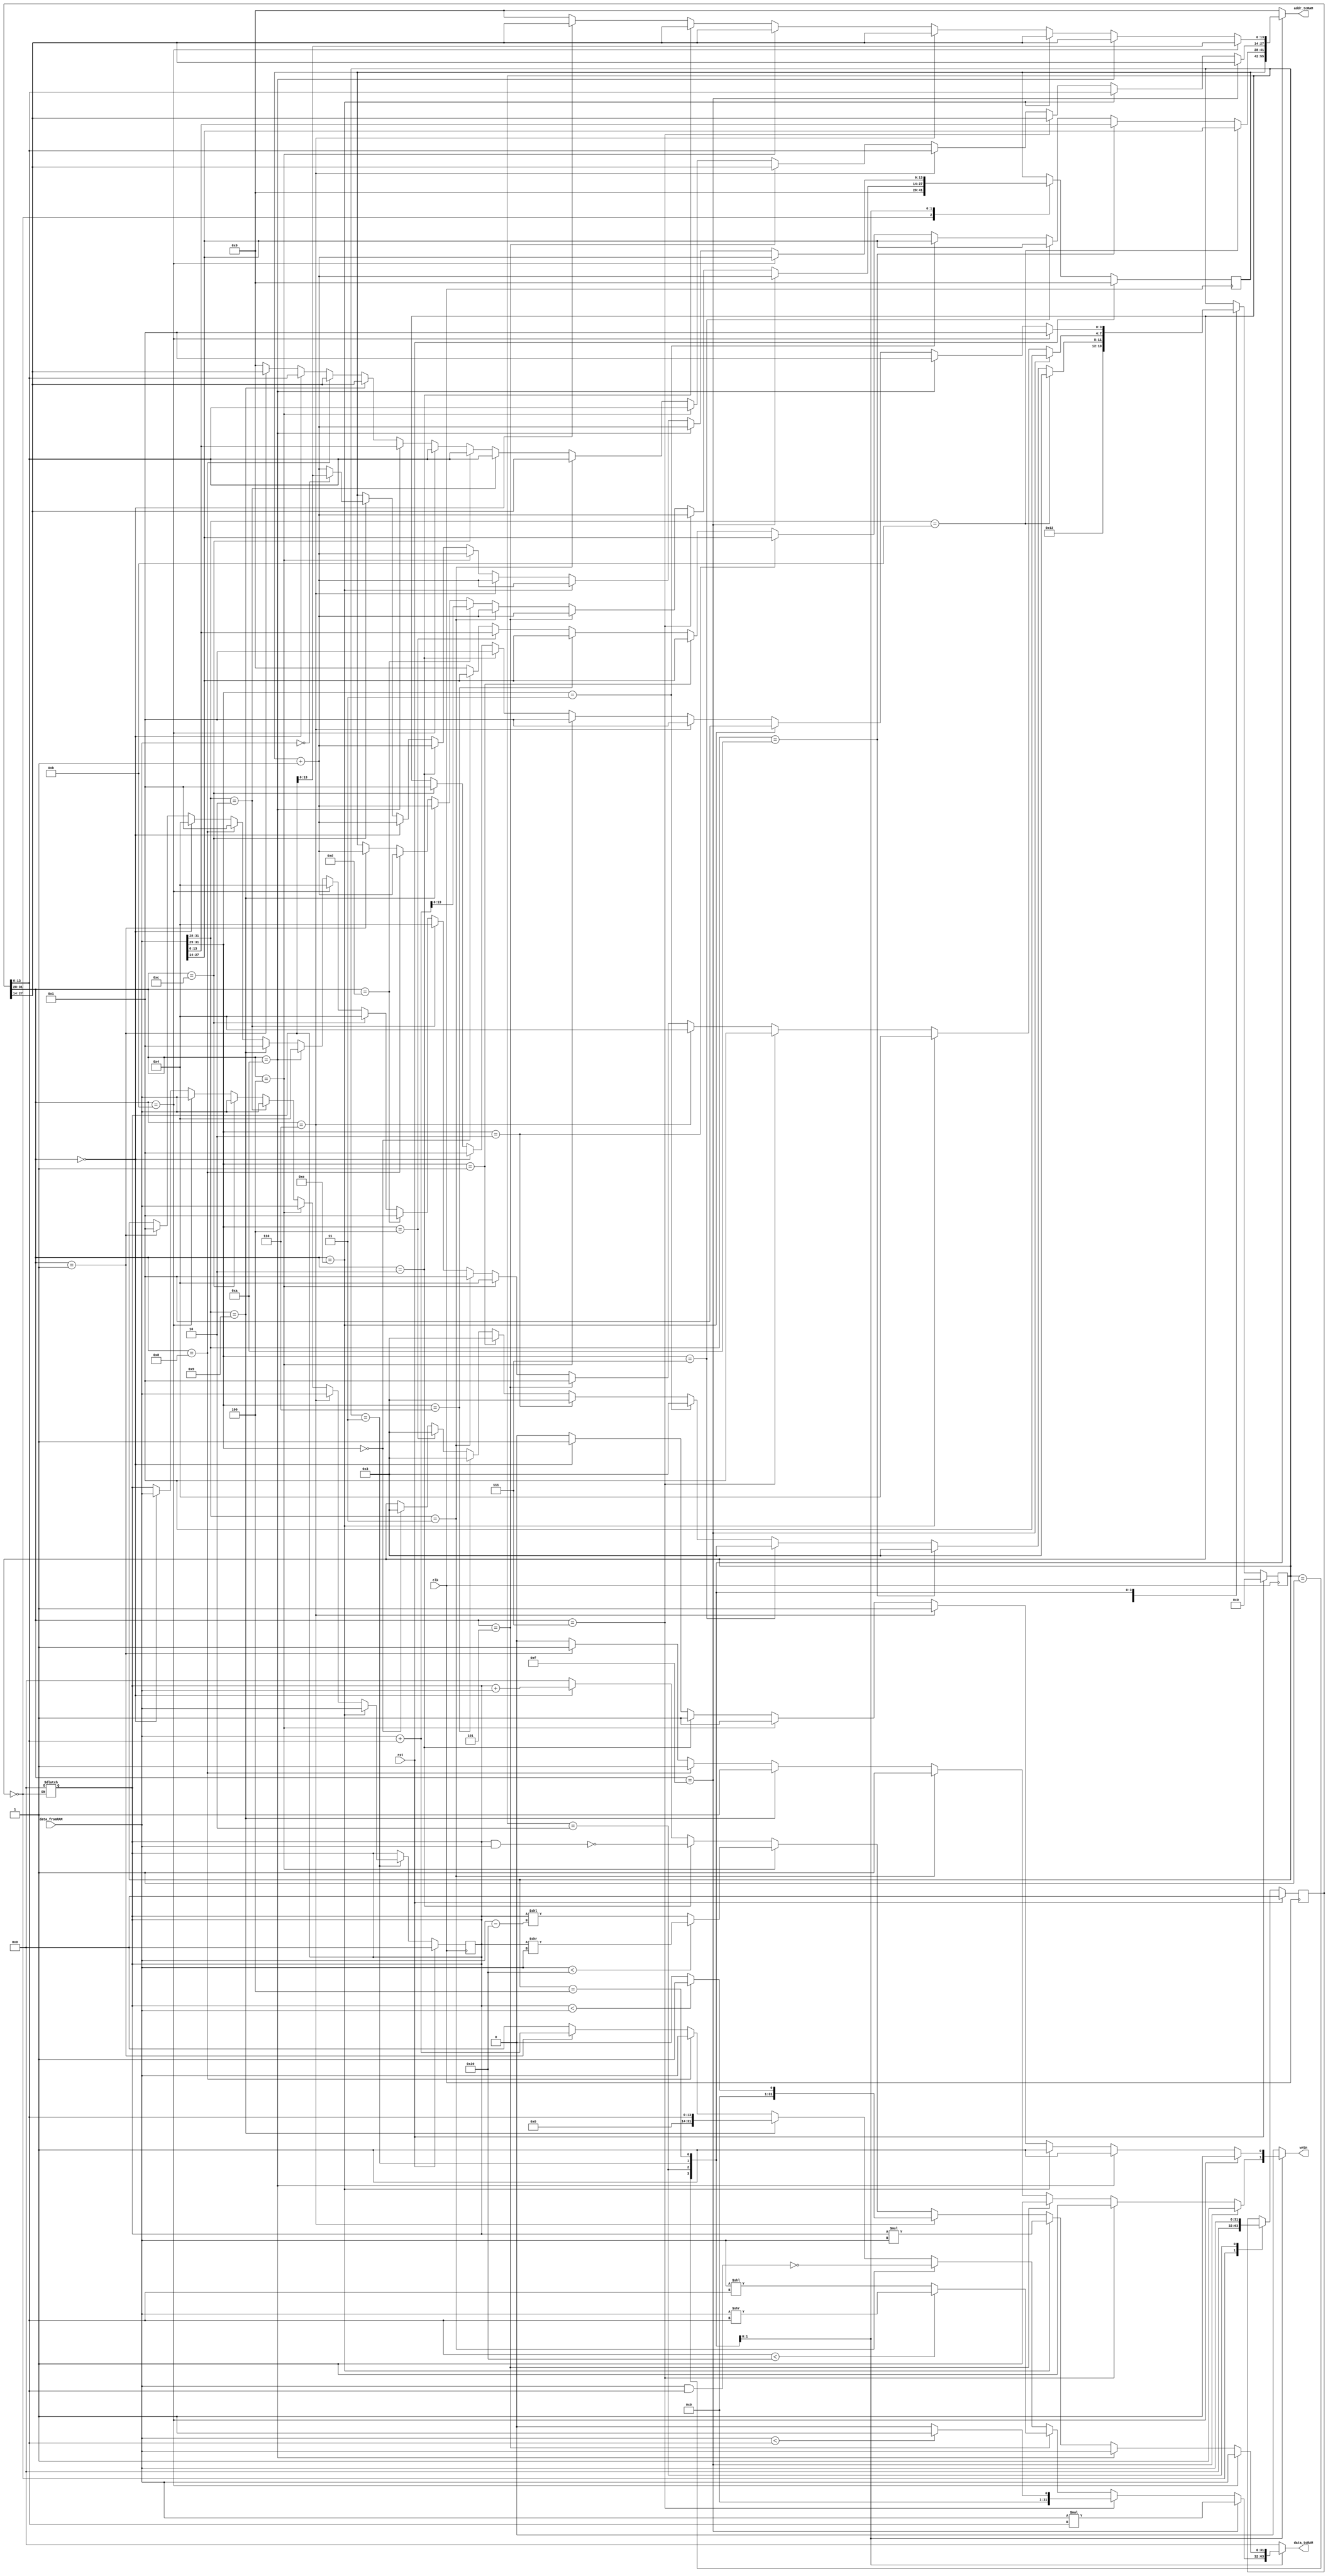
`timescale 1ns / 1ps

module VerySimpleCpu(clk,rst,data_fromRAM,wrEn,addr_toRAM,data_toRAM);

//GRKEM ZGL 20190702020

parameter SIZE  = 14;

	input clk,rst;
	input wire [31:0] data_fromRAM;
	output reg wrEn;
	output reg [SIZE-1:0] addr_toRAM;
	output reg [31:0] data_toRAM;
	
	reg[3:0] st,stN;
	reg[SIZE-1:0] PC,PCN;
	reg[31:0] R1,R1N;
	reg[31:0] R2,R2N;
	reg[31:0] IW,IWN;
	
	always @(posedge clk) begin
	if(rst)begin
		st<=0;
		PC<=14'b0;
		IW<=32'b0;
		R1<=32'b0;
		R2<=32'b0;
	end else begin
		PC <= PCN;
		IW<=IWN;
		st<=stN;
		R1<=R1N;
		R2<=R2N;
	end
end

	always @* begin
		stN = st;
		PCN=PC;
		IWN=IW;
		R1N=R1;
		R2N=R2;
		wrEn=0;
		addr_toRAM = 0;
		data_toRAM = 0;	
	 case(st)
	 
		0: begin 
			PCN=0;
			IWN=0;
			R1=0;
			R2=0;
			stN=1;
		
		end
		
		1:begin
			addr_toRAM = PC ;
			stN = 2;
		end
		
		2: begin
		
		IWN=data_fromRAM;
		if(data_fromRAM[31:29]==4'b000)begin//ADDi OR ADD
			addr_toRAM= data_fromRAM[27:14]; //Read *R1
			stN=3;
		end
		if(data_fromRAM[31:29]==4'b100) begin //CP OR CPi 
			addr_toRAM= data_fromRAM[13:0];//Read *R2
			stN=3;
		end
		if(data_fromRAM[31:29]==4'b110) begin //BZJ OR BZJi
			addr_toRAM= data_fromRAM[27:14];//Read R1
			stN=3;
		end
		if(data_fromRAM[31:29]==4'b001) begin //NAND OR NANDi
			addr_toRAM= data_fromRAM[27:14];//Read R1
			stN=3;
		end
		if(data_fromRAM[31:29]==4'b010) begin //SRL OR SRLi
			addr_toRAM= data_fromRAM[27:14];//Read R1
			stN=3;
		end
		if(data_fromRAM[31:29]==4'b011)begin//LT OR LTi
			addr_toRAM= data_fromRAM[27:14]; //Read *R1
			stN=3;
		end
		if(data_fromRAM[31:29]==4'b111)begin//MUL OR MULi
			addr_toRAM= data_fromRAM[27:14]; //Read *R1
			stN=3;
		end
		if(data_fromRAM[31:28]==4'b1010)begin//CPI 
			addr_toRAM= data_fromRAM[13:0]; //Read *R2
			stN=3;
		end
		if(data_fromRAM[31:28]==4'b1011)begin//CPIi
			addr_toRAM= data_fromRAM[27:14]; //Read *R1
			stN=3;
		end
		
		
	
	end
	
	
	
		
		3: begin
			if(IW[31:28] ==4'b0001)begin//ADDi
			wrEn=1'b1;
			addr_toRAM= IW[27:14];
			data_toRAM= data_fromRAM + IW[13:0];
			PCN = PC +1'b1;
			stN=1;
			
			end
			
			if(IW[31:28] ==4'b0000)begin//ADD
			R1N=data_fromRAM;
			addr_toRAM= IW[13:0];//Read *R2
			stN=4;
			
			end
			
			if(IW[31:28] ==4'b1000)begin//CP
			wrEn=1'b1;
			addr_toRAM= IW[27:14];
			data_toRAM=data_fromRAM;
			PCN = PC +1'b1;
			stN=1;
			end
			
			if(data_fromRAM[31:28]==4'b1001) begin //CPi
			wrEn=1'b1;
			addr_toRAM= IW[27:14];
			data_toRAM= IW[13:0];
			PCN = PC +1'b1;
			stN=1;
		end
		
		if(IW[31:28] ==4'b1010)begin//CPI
			addr_toRAM=data_fromRAM;
			stN=4;
			end
			
		if(IW[31:28] ==4'b1011)begin//CPIi
			R1N=data_fromRAM;
			addr_toRAM= IW[13:0];//Read *R2
			stN=4;
			
			end
			
			
			if(IW[31:28]==4'b1100) begin //BZJ
				
				R1N= data_fromRAM;
				addr_toRAM=IW[13:0];//Read *R2
				stN=4;
			
			end
			if(IW[31:28]==4'b1101) begin //BZJi
				
				PCN=data_fromRAM+IW[13:0]; 
				stN=1;
			
			end
			
			if(data_fromRAM[31:28]==4'b0010) begin //NAND 
			R1N=data_fromRAM;
			addr_toRAM=IW[13:0];
			stN=4;
		end
		
		if(data_fromRAM[31:28]==4'b0011) begin //NANDi 
			wrEn=1'b1;
			addr_toRAM= IW[27:14];
			data_toRAM= ~(data_fromRAM & IW[13:0]);
			PCN = PC +1'b1;
			stN=1;
		end
		
		if(IW[31:28] ==4'b0100)begin//SRL
			R1N=data_fromRAM;
			addr_toRAM= IW[13:0];//Read *R2
			stN=4;
			
		end
		if(IW[31:28] ==4'b0101)begin//SRLi
			wrEn=1'b1;
			addr_toRAM= IW[27:14];
			if(IW[13:0]<32)
				data_toRAM= data_fromRAM >> IW[13:0];
			else
				data_toRAM=data_fromRAM << IW[13:0];
			stN=1;
			PCN = PC +1'b1;
		end
		
		if(IW[31:28] ==4'b0110)begin//LT
			R1N=data_fromRAM;
			addr_toRAM= IW[13:0];//Read *R2
			stN=4;
			
			end
			
		if(IW[31:28] ==4'b0111)begin//LTi
			wrEn=1'b1;
			addr_toRAM= IW[27:14];
			if(data_fromRAM<IW[13:0])
				data_toRAM=1;
			else
				data_toRAM=0;
			PCN = PC +1'b1;
			stN=1;
			
			end
			
		if(IW[31:28] ==4'b1110)begin//MUL
			R1N=data_fromRAM;
			addr_toRAM= IW[13:0];//Read *R2
			stN=4;
			
			end
		if(IW[31:28] ==4'b1111)begin//MULi
			wrEn=1'b1;
			addr_toRAM= IW[27:14];
			data_toRAM= data_fromRAM * IW[13:0];
			PCN = PC +1'b1;
			stN=1;
			
			end
		
			
	end
	
	
	
	
	
		4: begin
		
		
		if(IW[31:28]==4'b1100) begin//BZJ
			if(data_fromRAM == 0)
				PCN= R1;
			else
				PCN=PC+ 1'b1;
				
			stN=1;
		
		end
		
		if(IW[31:28] ==4'b0000)begin//ADD
			wrEn=1'b1;
			addr_toRAM= IW[27:14];
			data_toRAM= R1 + data_fromRAM;
			PCN = PC + 1'b1;
			stN=1;
			
		end
		
		if(IW[31:28] ==4'b0010)begin//NAND
			wrEn=1'b1;
			addr_toRAM= IW[27:14];
			data_toRAM= ~(R1&data_fromRAM);
			PCN = PC + 1'b1;
			stN=1;
			
		end
		
		if(IW[31:28]==4'b0100) begin//SRL
			wrEn=1'b1;
			addr_toRAM= IW[27:14];
			if(data_fromRAM < 32)
				data_toRAM=R1 >> data_fromRAM;
			else
				data_toRAM=R1 << (data_fromRAM-32);
				
			PCN = PC + 1'b1;	
			stN=1;
		
		end
		
		if(IW[31:28] ==4'b0110)begin//LT
			wrEn=1'b1;
			addr_toRAM= IW[27:14];
			if(R1<data_fromRAM)
				data_toRAM=1;
			else
				data_toRAM=0;
			PCN = PC + 1'b1;
			stN=1;
			
		end
		
		if(IW[31:28] ==4'b1110)begin//MUL
			wrEn=1'b1;
			addr_toRAM= IW[27:14];
			data_toRAM= R1 * data_fromRAM;
			PCN = PC + 1'b1;
			stN=1;
			
		end
		if(IW[31:28] ==4'b1010)begin//CPI
			wrEn=1'b1;
			addr_toRAM= IW[27:14];
			data_toRAM= data_fromRAM;
			PCN = PC + 1'b1;
			stN=1;
			
		end
		if(IW[31:28] ==4'b1011)begin//CPIi
			wrEn=1'b1;
			addr_toRAM= R1;
			data_toRAM= data_fromRAM;
			PCN = PC + 1'b1;
			stN=1;
			
		end
		
		
	end
		
		
		endcase
	end



endmodule